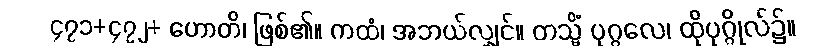
၄၇၁+၄၇၂+ ဟောတိ၊ ဖြစ်၏။ ကထံ၊ အဘယ်လျှင်။ တသ္မိံ ပုဂ္ဂလေ၊ ထိုပုဂ္ဂိုလ်၌။